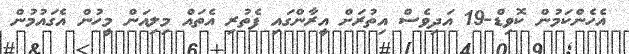
އެހެންކަމުން ކޮވިޑް-19 އަދިވެސް އިތުރަށް އީރާންގައި ފެތުރި އެތައް މިލިއަން މީހުން އެގައުމުން